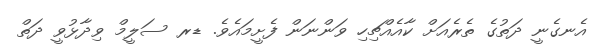
އެނގެނީ ދަތުގެ ތެރެއަށް ކާއެއްޗިހި ވަންނަން ފެށީމައެވެ. ޑރ ސަލީމް ވިދާޅުވީ ދަތް